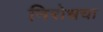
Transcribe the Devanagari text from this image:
निरोधचा